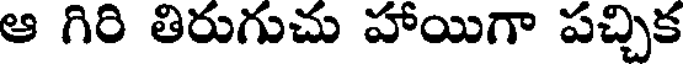
ఆ గిరి తిరుగుచు హాయిగా పచ్చిక